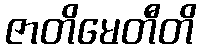
ဇာတိမေတီတိ